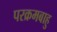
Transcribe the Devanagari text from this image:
परक्रमबाहु